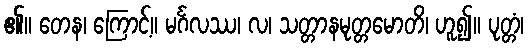
၏။ တေန၊ ကြောင့်။ မင်္ဂလဿ၊ လ၊ သတ္တာနမုတ္တမောတိ၊ ဟူ၍။ ပုတ္တံ၊